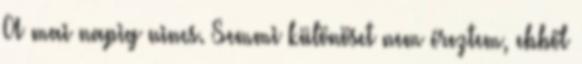
A mai napig nincs. Semmi különöset nem éreztem, ebből